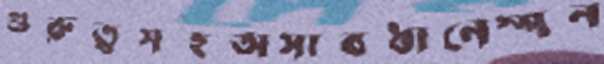
গুরুত্বসহঅসাবধানেস্পন